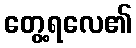
တွေ့ရလေ၏